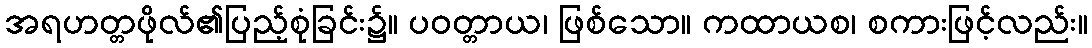
အရဟတ္တဖိုလ်၏ပြည့်စုံခြင်း၌။ ပဝတ္တာယ၊ ဖြစ်သော။ ကထာယစ၊ စကားဖြင့်လည်း။